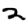
Digit: 2